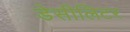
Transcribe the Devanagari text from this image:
डेसीलिटर